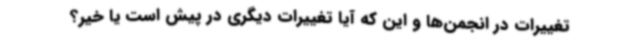
تغییرات در انجمن‌ها و این که آیا تغییرات دیگری در پیش است یا خیر؟